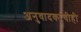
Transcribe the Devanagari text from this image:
अनुवादकांचीही